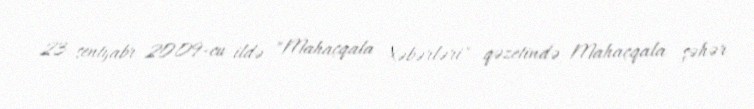
23 sentyabr 2009-cu ildə "Mahaçqala Xəbərləri" qəzetində Mahaçqala şəhər